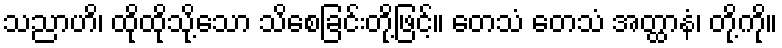
သညာဟိ၊ ထိုထိုသို့သော သိစေခြင်းတို့ဖြင့်။ တေသံ တေသံ အတ္ထာနံ၊ တို့ကို။